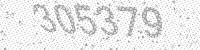
Solution: 305379